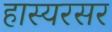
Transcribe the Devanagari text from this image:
हास्यरसर